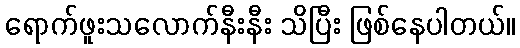
ရောက်ဖူးသလောက်နီးနီး သိပြီး ဖြစ်နေပါတယ်။